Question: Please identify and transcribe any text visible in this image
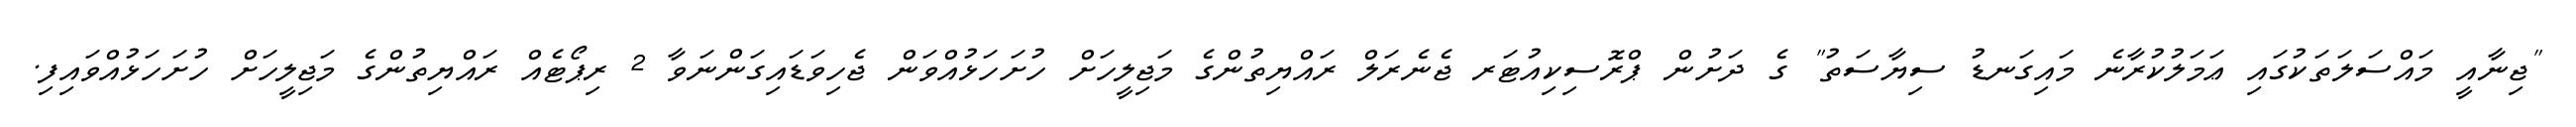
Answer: "ޖިނާއީ މައްސަލަތަކުގައި ޢަމަލުކުރާނެ މައިގަނޑު ސިޔާސަތު" ގެ ދަށުން ޕްރޮސިކިއުޓަރ ޖެނެރަލް ރައްޔިތުންގެ މަޖިލީހަށް ހުށަހަޅުއްވަން ޖެހިވަޑައިގަންނަވާ 2 ރިޕޯޓެއް ރައްޔިތުންގެ މަޖިލީހަށް ހުށަހަޅުއްވައިފި.